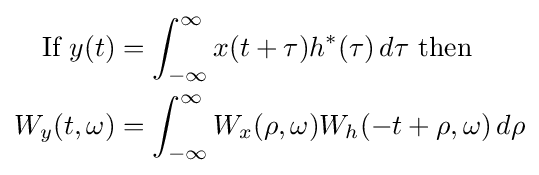
{\begin{aligned}{\text{If }}y(t)&=\int _{-\infty }^{\infty }x(t+\tau )h^{*}(\tau )\,d\tau {\text{ then }}\\W_{y}(t,\omega )&=\int _{-\infty }^{\infty }W_{x}(\rho ,\omega )W_{h}(-t+\rho ,\omega )\,d\rho \end{aligned}}